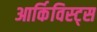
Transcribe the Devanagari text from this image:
आर्किविस्ट्स